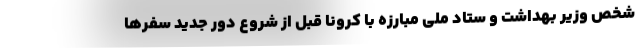
شخص وزیر بهداشت و ستاد ملی مبارزه با کرونا قبل از شروع دور جدید سفرها